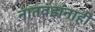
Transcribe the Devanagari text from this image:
नातवंडांनाही